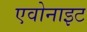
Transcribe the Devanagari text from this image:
एवोनाइट